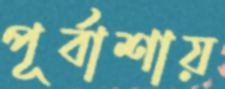
পূর্বাশায়